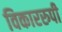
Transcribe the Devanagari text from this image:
विकाररुपी